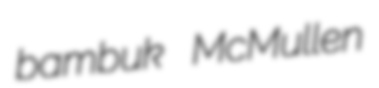
bambuk McMullen